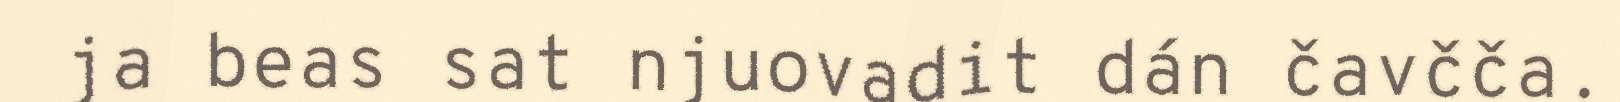
ja beas sat njuovadit dán čavčča.